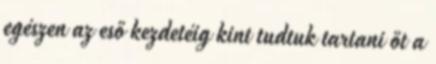
egészen az eső kezdetéig kint tudtuk tartani őt a